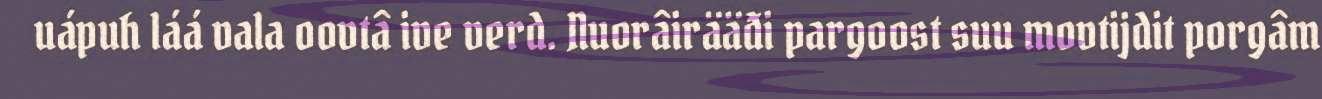
uápuh láá vala oovtâ ive verd. Nuorâirääđi pargoost suu movtijdit porgâm